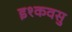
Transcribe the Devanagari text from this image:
इश्कवसु